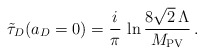
\begin{align*}\tilde\tau_D(a_D=0)=\frac{i}{\pi}\,\ln\frac{8\sqrt{2}\,\Lambda}{M_{\rm PV}}\,.\end{align*}